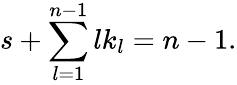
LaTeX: s+\sum_{l=1}^{n-1}lk_{l}=n-1.